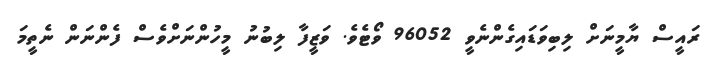
ރައީސް ޔާމީނަށް ލިބިވަޑައިގެންނެވީ 96052 ވޯޓެވެ. ވަޒީފާ ލިބުނު މީހުންނަށްވެސް ފެންނަން ނެތީމަ